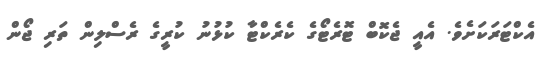
އެކްޓަރަކަށެވެ. އެއީ ޖެކޮބް ޓޮރެޓޯގެ ކެރެކްޓާ ކުޅުނު ކުރީގެ ރެސްލިން ތަރި ޖޯން